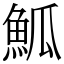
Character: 䱄